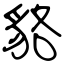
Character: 貉